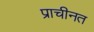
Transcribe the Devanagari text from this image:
प्राचीनत